NAE_ERA_R-2324_Eesti_Vabariigi_Pohiseaduslik_Assamblee, lk 30
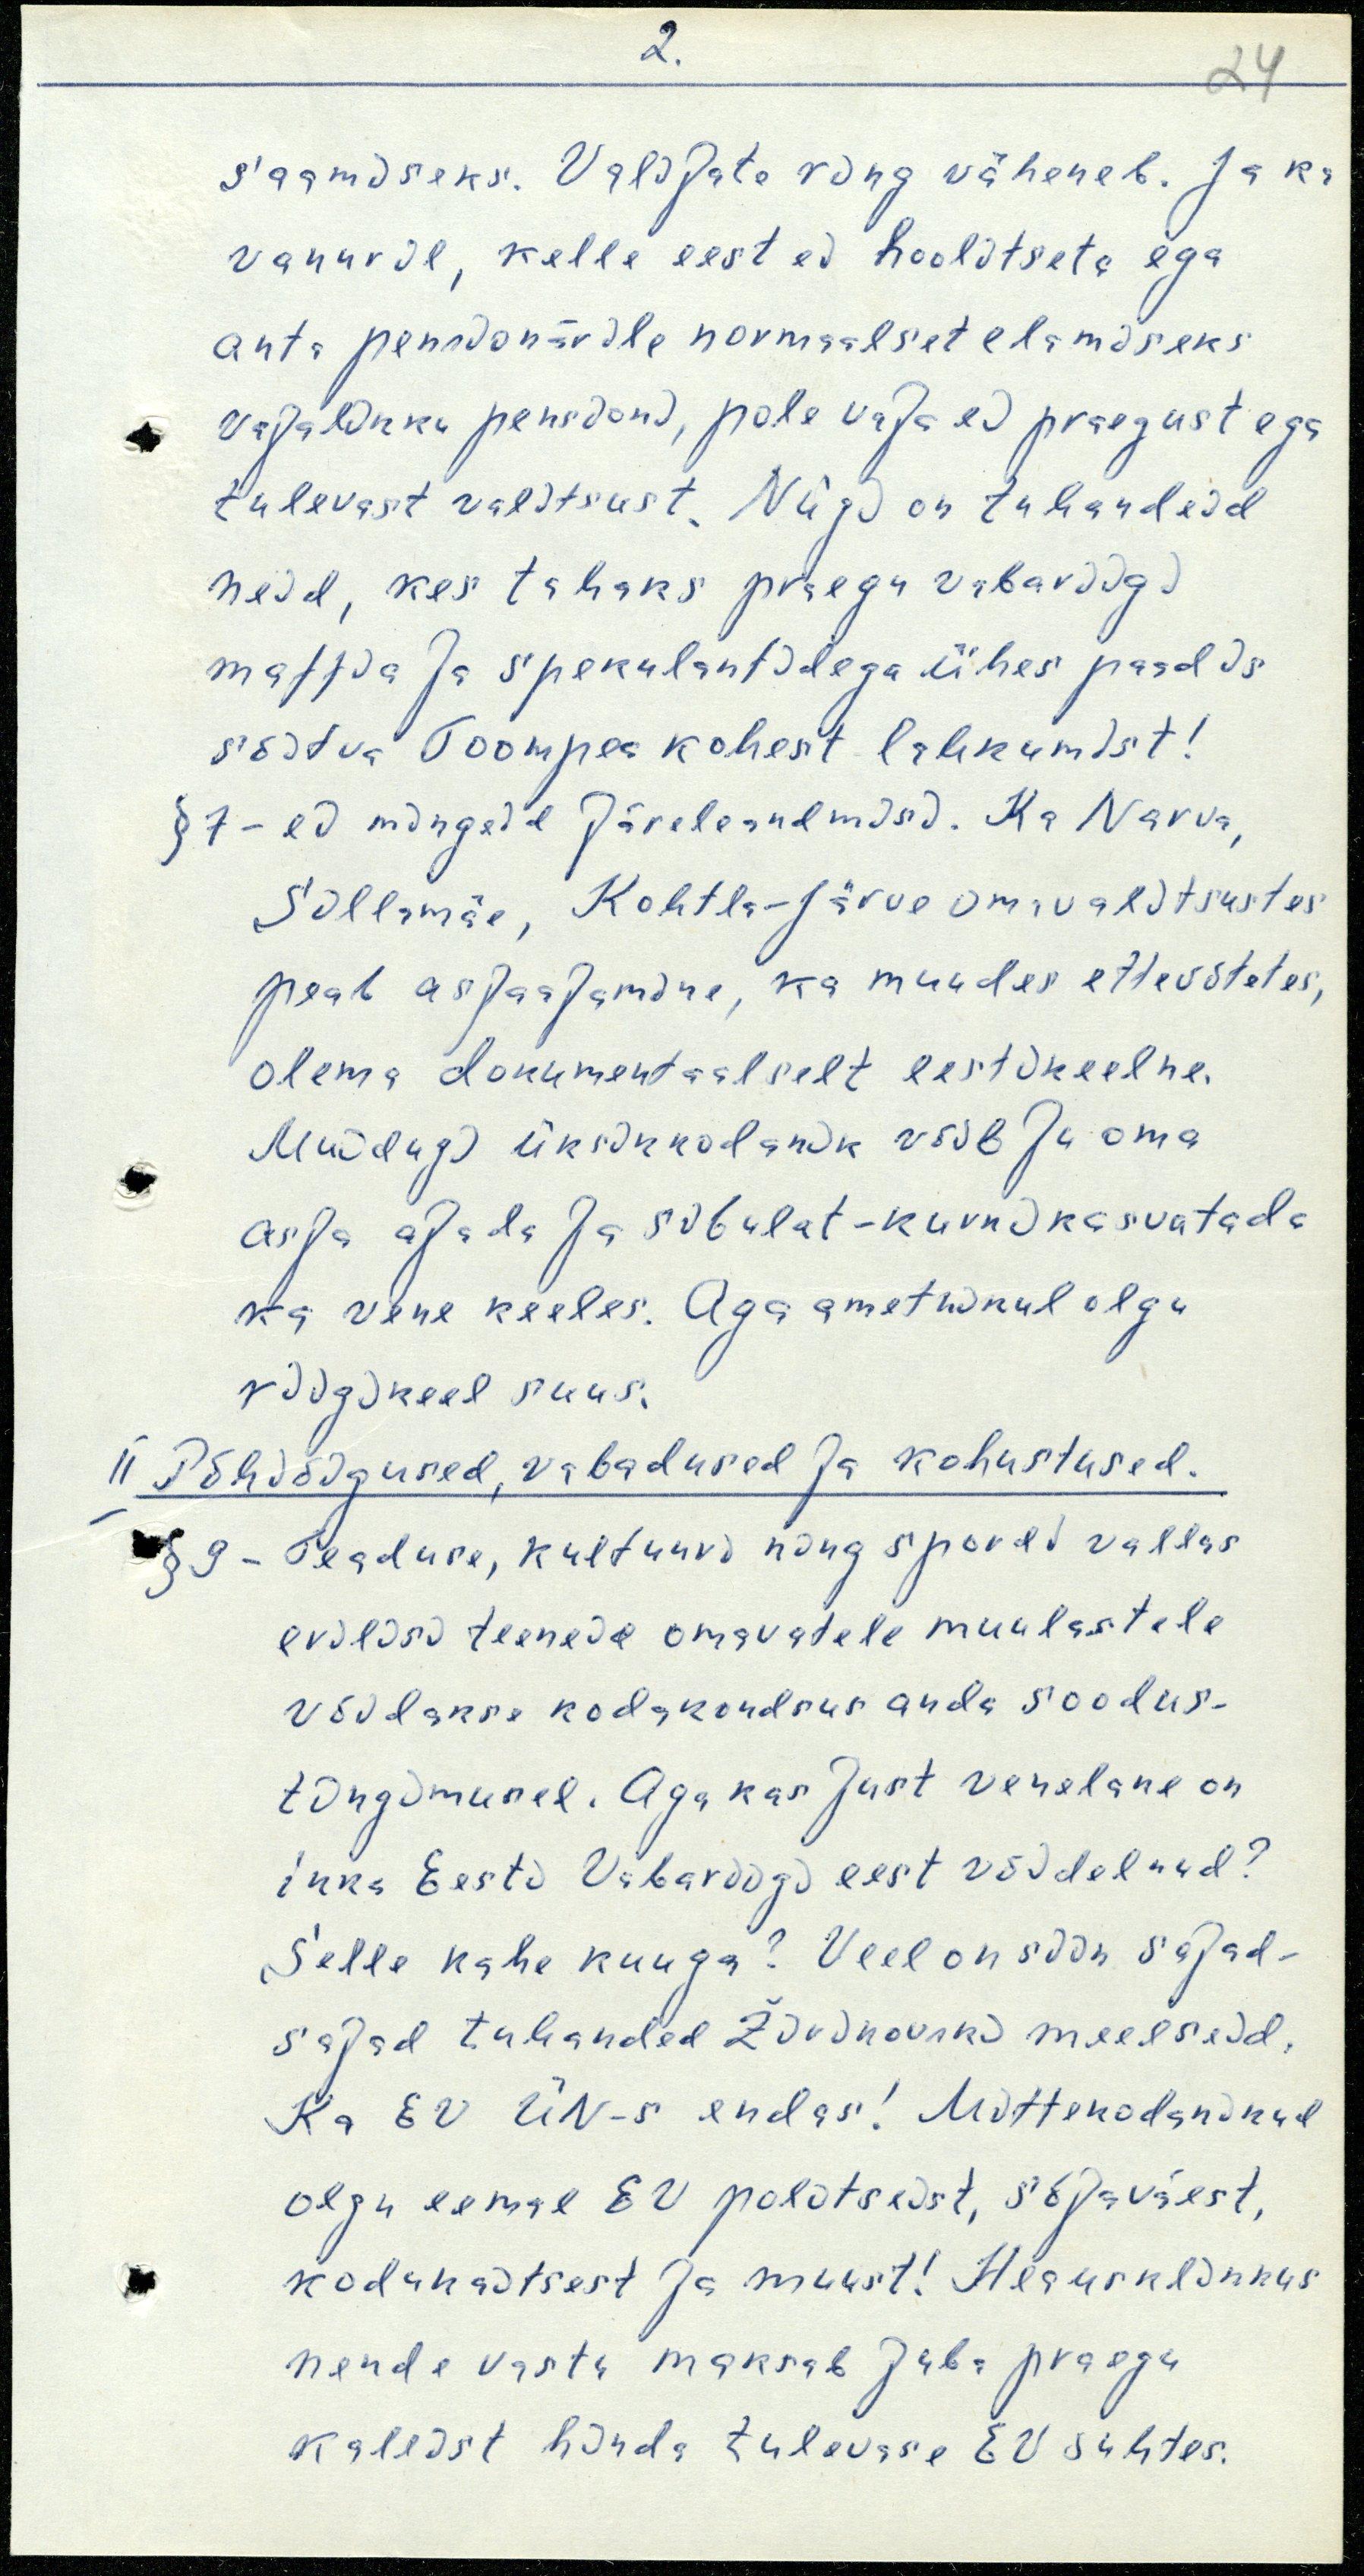
2.
24
saamiseks. Valijate ring väheneb. Ja ka
vanuril, kelle eest ei hoolitseta ega
anta pensionärile normaalset elamiseks
vajalikku pensioni, pole vaja ei praegust ega
tulevast valitsust. Niigi on tuhandeid
neid, kes tahaks praegu vabariigi
maffia ja spekulantidega ühes paadis
sõitva Toompea kohest lahkumist!
§ 7 - ei mingeid järeleandmisi. Ka Narva,
Sillamäe, Kohtla-Järve omavalitsustes
peab asjaajamine, ka muudes ettevõtetes,
olema dokumentaalselt eestikeelne.
Muidugi üksikkodanik võib ju oma
asja ajada ja sibulat-kurki kasvatada
ka vene keeles. Aga ametnikul olgu
riigikeel suus.
II Põhiõigused, vabadused ja kohustused.
§ 9 - Teaduse, kultuuri ning spordi vallas
erilisi teeneid omavatele muulastele
võidakse kodakondsus anda soodus-
tingimusel. Aga kas just venelane on
ikka Eesti Vabariigi eest võidelnud?
Selle kahe kuuga? Veel on siin sajad-
sajad tuhanded Žirinovski meelseid.
Ka EV ÜN-s endas! Mittekodanikud
olgu eemal EV politseist, sõjaväest,
kodukaitsest ja muust! Heausklikkus
nende vastu maksab juba praegu
kallist hinda tulevase EV suhtes.